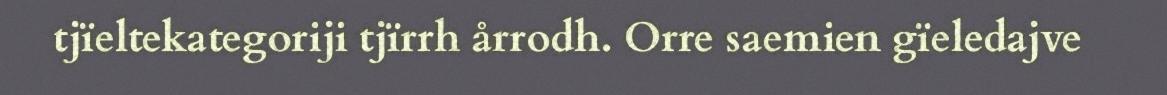
tjïeltekategoriji tjïrrh årrodh. Orre saemien gïeledajve